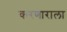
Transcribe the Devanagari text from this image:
करणाराला